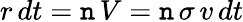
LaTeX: r\, dt=\mathtt{n}\, V=\mathtt{n}\, \sigma\, v\, dt